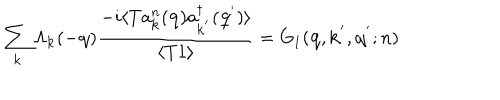
LaTeX: \sum _ { { \bf { k } } } \Lambda _ { { \bf { k } } } ( - { \bf { q } } ) \frac { - i \langle T a _ { { \bf { k } } } ^ { n } ( { \bf { q } } ) a _ { { \bf { k } } ^ { ' } } ^ { \dagger } ( { \bf { q } } ^ { ' } ) \rangle } { \langle T 1 \rangle } = G _ { 1 } ( { \bf { q } } , { \bf { k } } ^ { ' } , { \bf { q } } ^ { ' } ; n )